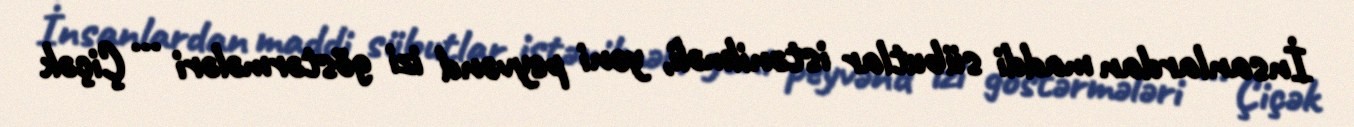
İnsanlardan maddi sübutlar istənilməli, yəni peyvənd izi göstərmələri ... Çiçək